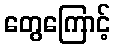
တွေကြောင့်